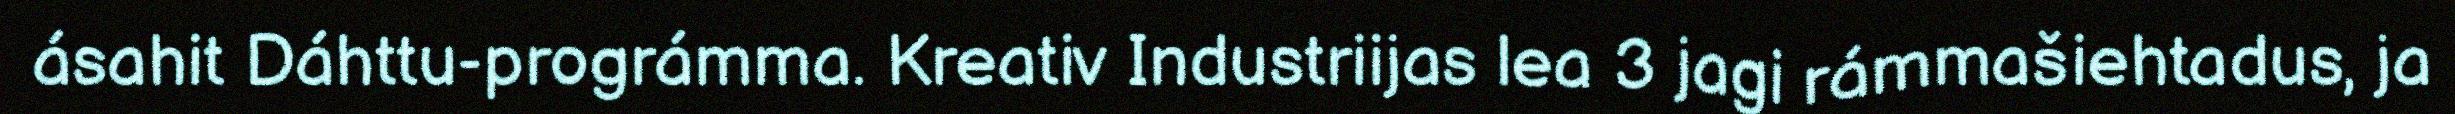
ásahit Dáhttu-prográmma. Kreativ Industriijas lea 3 jagi rámmašiehtadus, ja